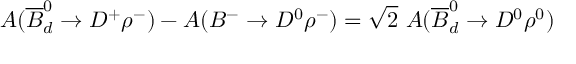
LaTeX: { \cal A } ( \overline { { { B } } } _ { d } ^ { 0 } \rightarrow D ^ { + } \rho ^ { - } ) - { \cal A } ( B ^ { - } \rightarrow D ^ { 0 } \rho ^ { - } ) = \sqrt { 2 } ~ { \cal A } ( \overline { { { B } } } _ { d } ^ { 0 } \rightarrow D ^ { 0 } \rho ^ { 0 } )